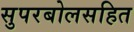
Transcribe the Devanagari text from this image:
सुपरबोलसहित